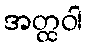
အတ္ထဝါ